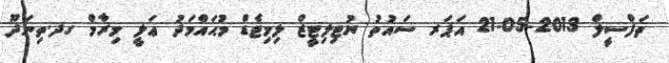
ތަފްސީލް 2013-05-21 އަޕަރ ސައުތު ޔުޓިލިޓީޒް ލިމިޓެޑް މުޙައްމަދު ޢަލީ މިރާމް ގދ.ތިނަދޫ